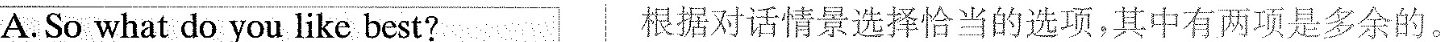
A. So what do you like best? 根据对话情景选择恰当的选项,其中有两项是多余的。